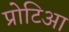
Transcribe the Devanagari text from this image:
प्रोटिआ